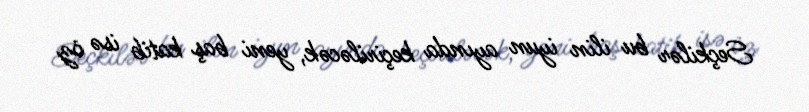
Seçkilər bu ilin iyun ayında keçiriləcək, yeni baş katib isə öz